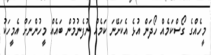
މީހެއްގެ ގޯސްކަމެއް ހޯދަން އުޅެ އެކަށޭނަ ކަމެއް ނުފެނުމުން ބައެއް މީހުންނަށް އެމީހަކު